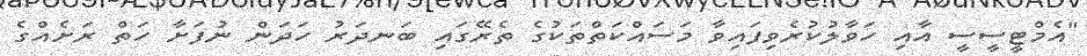
"އެމްޓީސީސީ އާއި ހަވާލުކުރެވިފައިވާ މަސައްކަތްތަކުގެ ތެރޭގައި ބަނދަރު ހަދަން ނުފަށާ ހަތް ރަށެއްގެ